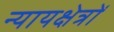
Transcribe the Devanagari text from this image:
न्यायक्षेत्रों